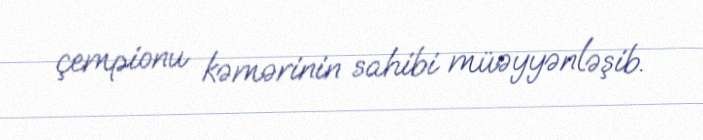
çempionu kəmərinin sahibi müəyyənləşib.